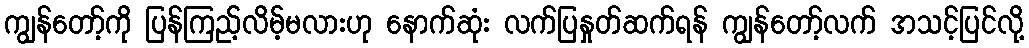
ကျွန်တော့်ကို ပြန်ကြည့်လိမ့်မလားဟု နောက်ဆုံး လက်ပြနှုတ်ဆက်ရန် ကျွန်တော့်လက် အသင့်ပြင်လို့